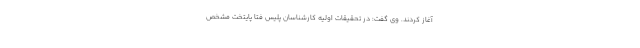
آغاز کردند. وی گفت: در تحقیقات اولیه کارشناسان پلیس فتا پایتخت مشخص